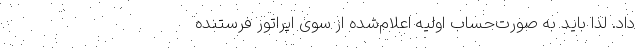
داد. لذا باید به صورت‌حساب اولیه اعلام‌شده از سوی اپراتور فرستنده